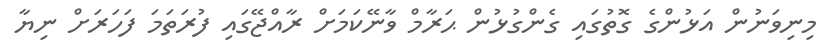
މިނިވަނުން އަޅުންގެ ގޮތުގައި ގެންގުޅުން ޙަރާމް ވާނޭކަމަށް ރާއްޖޭގައި ފުރަތަމަ ފަހަރަށް ނިޔާ